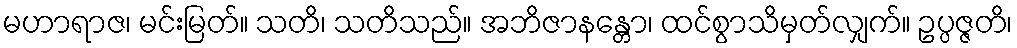
မဟာရာဇ၊ မင်းမြတ်။ သတိ၊ သတိသည်။ အဘိဇာနန္တော၊ ထင်စွာသိမှတ်လျှက်။ ဥပ္ပဇ္ဇတိ၊